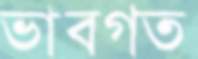
ভাবগত